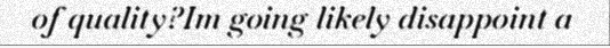
of quality?Im going likely disappoint a